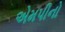
એમપીનો